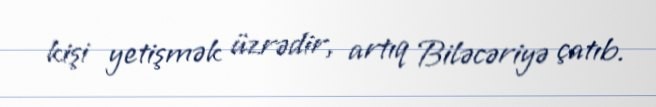
kişi yetişmək üzrədir, artıq Biləcəriyə çatıb.